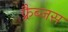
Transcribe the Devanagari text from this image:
फ़्रैब्जस